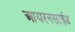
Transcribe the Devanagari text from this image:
आयरनसाईड